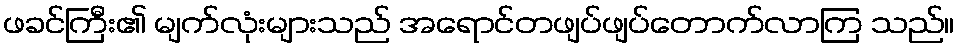
ဖခင်ကြီး၏ မျက်လုံးများသည် အရောင်တဖျပ်ဖျပ်တောက်လာကြ သည်။